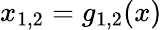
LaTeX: x_{1,2}=g_{1,2}(x)